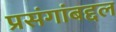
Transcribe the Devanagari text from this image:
प्रसंगांबद्दल